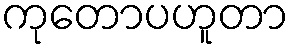
ကုတောပဟူတာ